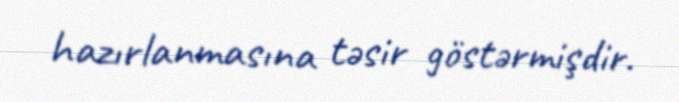
hazırlanmasına təsir göstərmişdir.